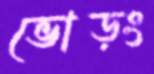
ভোড়ং